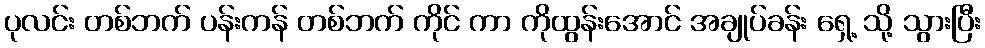
ပုလင်း တစ်ဘက် ပန်းကန် တစ်ဘက် ကိုင် ကာ ကိုထွန်းအောင် အချုပ်ခန်း ရှေ့ သို့ သွားပြီး